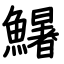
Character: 鱪